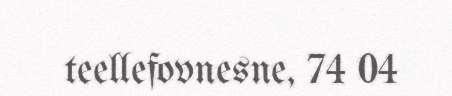
teellefovnesne, 74 04